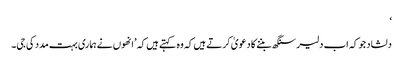
‘
دلشاد جو کہ اب دلیر سنگھ بننے کا دعویٰ کرتے ہیں کہ وہ کہتے ہیں کہ ’انھوں نے ہماری بہت مدد کی جی۔